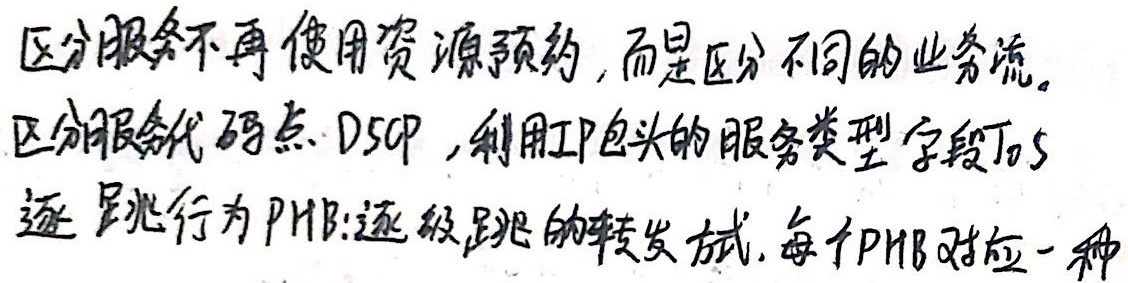
区分服务不再使用资源预约, 而是区分不同的业务流。区分服务代码点 \(DSCP\), 利用IP包头的服务类型字段\(ToS\)逐跳行为\(PHB\): 逐级跳的转发方式, 每个\(PHB\)对应一种